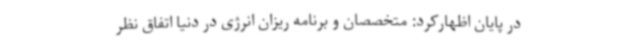
در پایان اظهارکرد: متخصصان و برنامه ریزان انرژی در دنیا اتفاق نظر